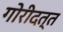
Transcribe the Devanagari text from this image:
गोरीदत्त